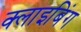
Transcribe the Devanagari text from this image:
क्लाइबिंग